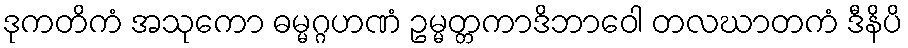
ဒုကတိကံ အသုကော ဓမ္မဂ္ဂဟဏံ ဥမ္မတ္တကာဒိဘာဝေါ တလဃာတကံ ဒီနိပိ